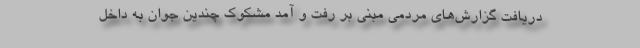
دریافت گزارش‌های مردمی مبنی بر رفت و آمد مشکوک چندین جوان به داخل